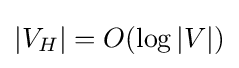
|V_{H}|=O(\log |V|)